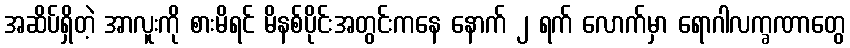
အဆိပ်ရှိတဲ့ အာလူးကို စားမိရင် မိနစ်ပိုင်းအတွင်းကနေ နောက် ၂ ရက် လောက်မှာ ရောဂါလက္ခဏာတွေ